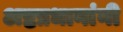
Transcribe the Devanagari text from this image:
अष्टप्रधानांनी